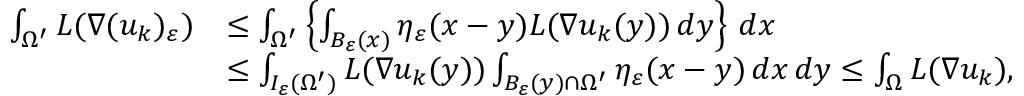
\begin{array} { r l } { \int _ { \Omega ^ { \prime } } L ( \nabla ( u _ { k } ) _ { \varepsilon } ) } & { \le \int _ { \Omega ^ { \prime } } \left\{ \int _ { B _ { \varepsilon } ( x ) } \eta _ { \varepsilon } ( x - y ) L ( \nabla u _ { k } ( y ) ) \, d y \right\} \, d x } \\ & { \le \int _ { I _ { \varepsilon } ( \Omega ^ { \prime } ) } L ( \nabla u _ { k } ( y ) ) \int _ { B _ { \varepsilon } ( y ) \cap \Omega ^ { \prime } } \eta _ { \varepsilon } ( x - y ) \, d x \, d y \le \int _ { \Omega } L ( \nabla u _ { k } ) , } \end{array}